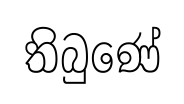
තිබුණේ